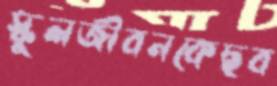
স্কুলজীবনকেছব